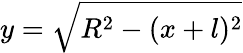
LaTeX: y=\sqrt{R^{2}-(x+l)^{2}}